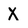
Character: X